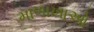
માળાખાઓ